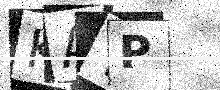
Text: KATP